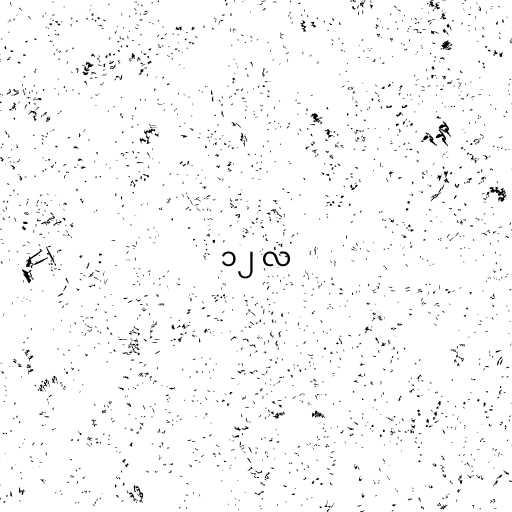
၁၂ လ